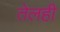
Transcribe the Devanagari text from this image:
तेलही